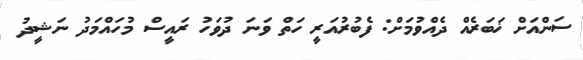
ސަންއަށް ޚަބަރެއް ދެއްވުމަށް: ފެބުރުއަރީ ހަތް ވަނަ ދުވަހު ރައީސް މުހައްމަދު ނަޝީދު